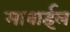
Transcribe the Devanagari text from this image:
माबाईल